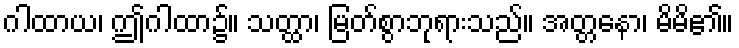
ဂါထာယ၊ ဤဂါထာ၌။ သတ္ထာ၊ မြတ်စွာဘုရားသည်။ အတ္တနော၊ မိမိ၏။